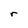
Character: r